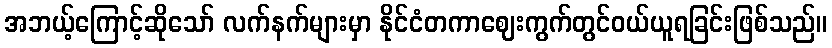
အဘယ့်ကြောင့်ဆိုသော် လက်နက်များမှာ နိုင်ငံတကာဈေးကွက်တွင်ဝယ်ယူရခြင်းဖြစ်သည်။